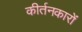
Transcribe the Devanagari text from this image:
कीर्तनकारों